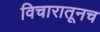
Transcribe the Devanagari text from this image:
विचारातूनच